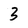
Character: 3